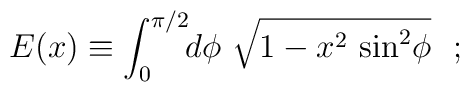
E(x) \equiv \int_{0}^{\pi/2}\!\! d\phi~ \sqrt{1-x^2\,\sin^2\!\phi}~~;